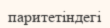
паритетіндегі